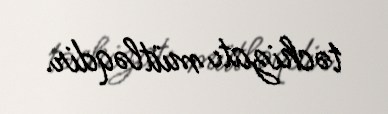
təchizatı mütləqdir.